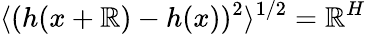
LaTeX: \langle(h(x+\mathbb{R})-h(x))^{2}\rangle^{1/2}=\mathbb{R}^{H}